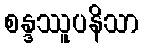
စန္ဒဿူပနိသာ